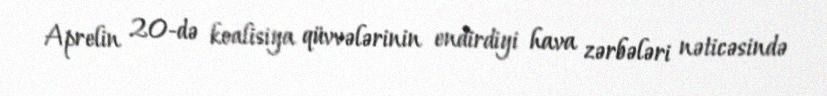
Aprelin 20-də koalisiya qüvvələrinin endirdiyi hava zərbələri nəticəsində